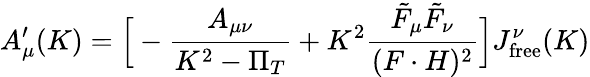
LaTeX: A_{\mu}^{\prime}(K)=\Big[-{\frac{A_{\mu\nu}}{K^{2}-\Pi_{T}}}+K^{2}{\frac{\tilde{F}_{\mu}\tilde{F}_{\nu}}{(F\cdot H)^{2}}}\Big]J_{\mathrm{free}}^{\nu}(K)